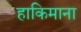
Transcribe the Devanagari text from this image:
हाकिमाना